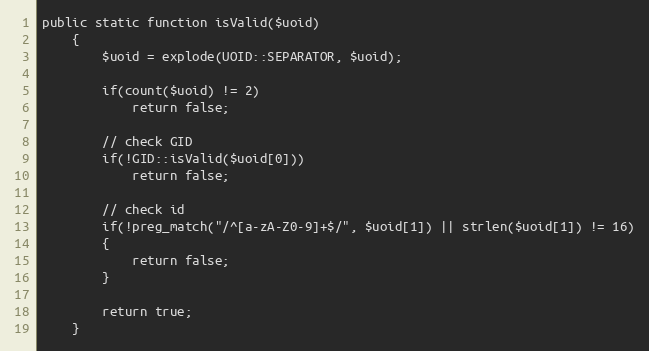
Language: PHP
public static function isValid($uoid)
	{
		$uoid = explode(UOID::SEPARATOR, $uoid);

		if(count($uoid) != 2)
			return false;

		// check GID
		if(!GID::isValid($uoid[0]))
			return false;

		// check id
		if(!preg_match("/^[a-zA-Z0-9]+$/", $uoid[1]) || strlen($uoid[1]) != 16)
		{
			return false;
		}

		return true;
	}